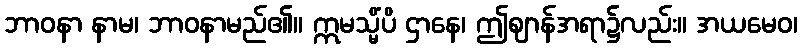
ဘာဝနာ နာမ၊ ဘာဝနာမည်၏။ ဣမသ္မိံပိ ဌာနေ၊ ဤဈာန်အရာ၌လည်း။ အယမေဝ၊